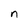
Character: n